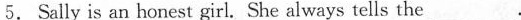
5.Sally is an honest girl. She always tells the___.